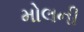
મોલની